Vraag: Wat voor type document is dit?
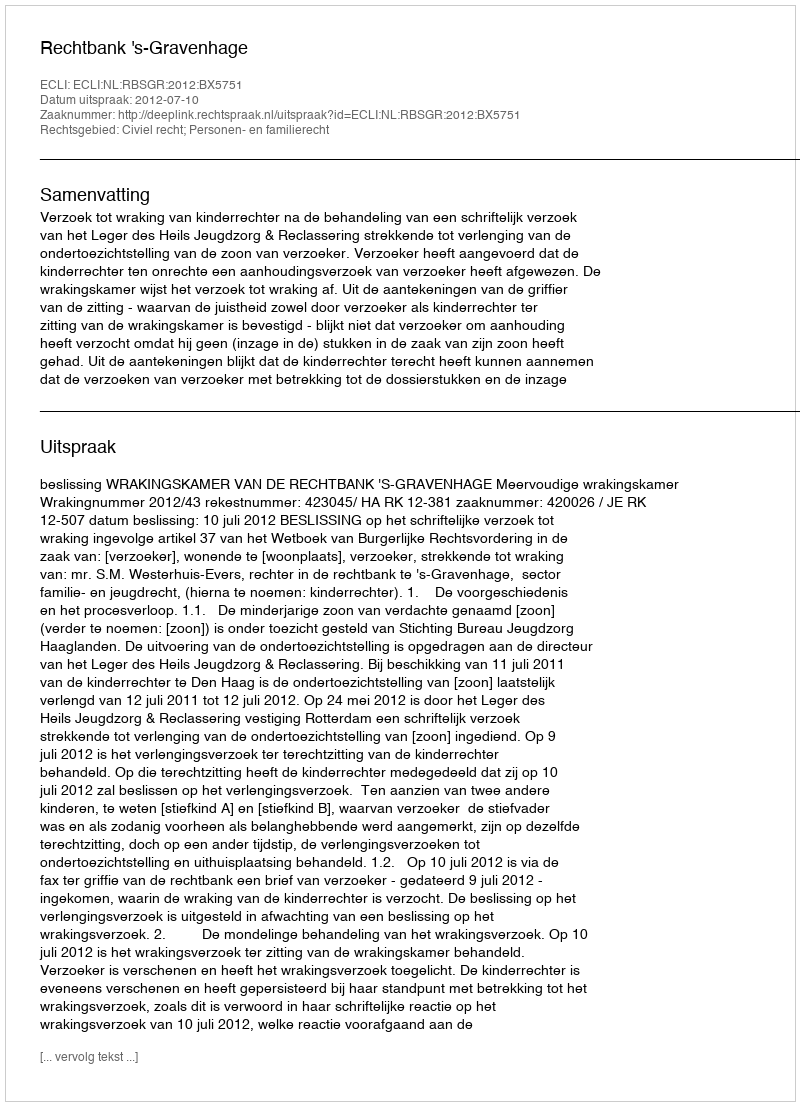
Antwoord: Uitspraak